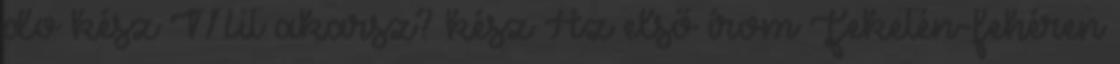
do kész Mit akarsz? kész Az első írom Feketén-fehéren